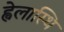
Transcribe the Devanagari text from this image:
ह्वेलास्थि